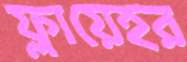
ফ্লায়েহর